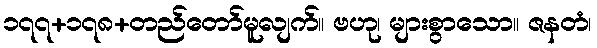
၁၇၇+၁၇၈+တည်တော်မူလျက်။ ဗဟု၊ များစွာသော။ ဇနတံ၊